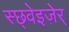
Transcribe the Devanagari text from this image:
स्छ्वेइज़ेर्